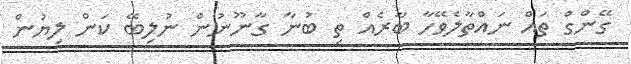
ގޭންގް ތައް ނައްތާލެވޭހާ ބާރެއް ތި ބުނާ ގާނޫނުން ނުލިބޭ ކަން ލިޔުން